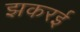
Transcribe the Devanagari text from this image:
झकरई